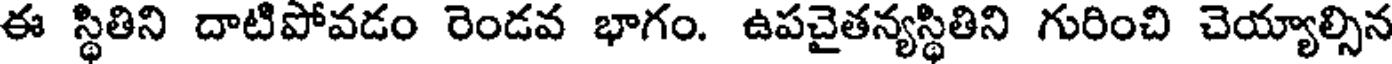
ఈ స్థితిని దాటిపోవడం రెండవ భాగం. ఉపచైతన్యస్థితిని గురించి చెయ్యాల్సిన